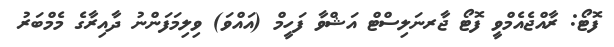
ފޮޓޯ: ރާއްޖެއެމްވީ ފޮޓޯ ޖާރނަލިސްޓް އަޝްވާ ފަހީމް (އައްވަ) ވިލިމަފަންނު ދާއިރާގެ މެމްބަރު